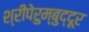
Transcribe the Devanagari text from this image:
श्रीपेरुम्बुद्दूर